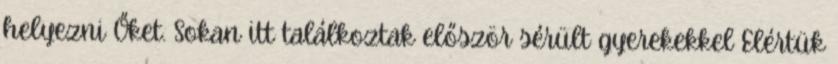
helyezni Őket. Sokan itt találkoztak először sérült gyerekekkel Elértük